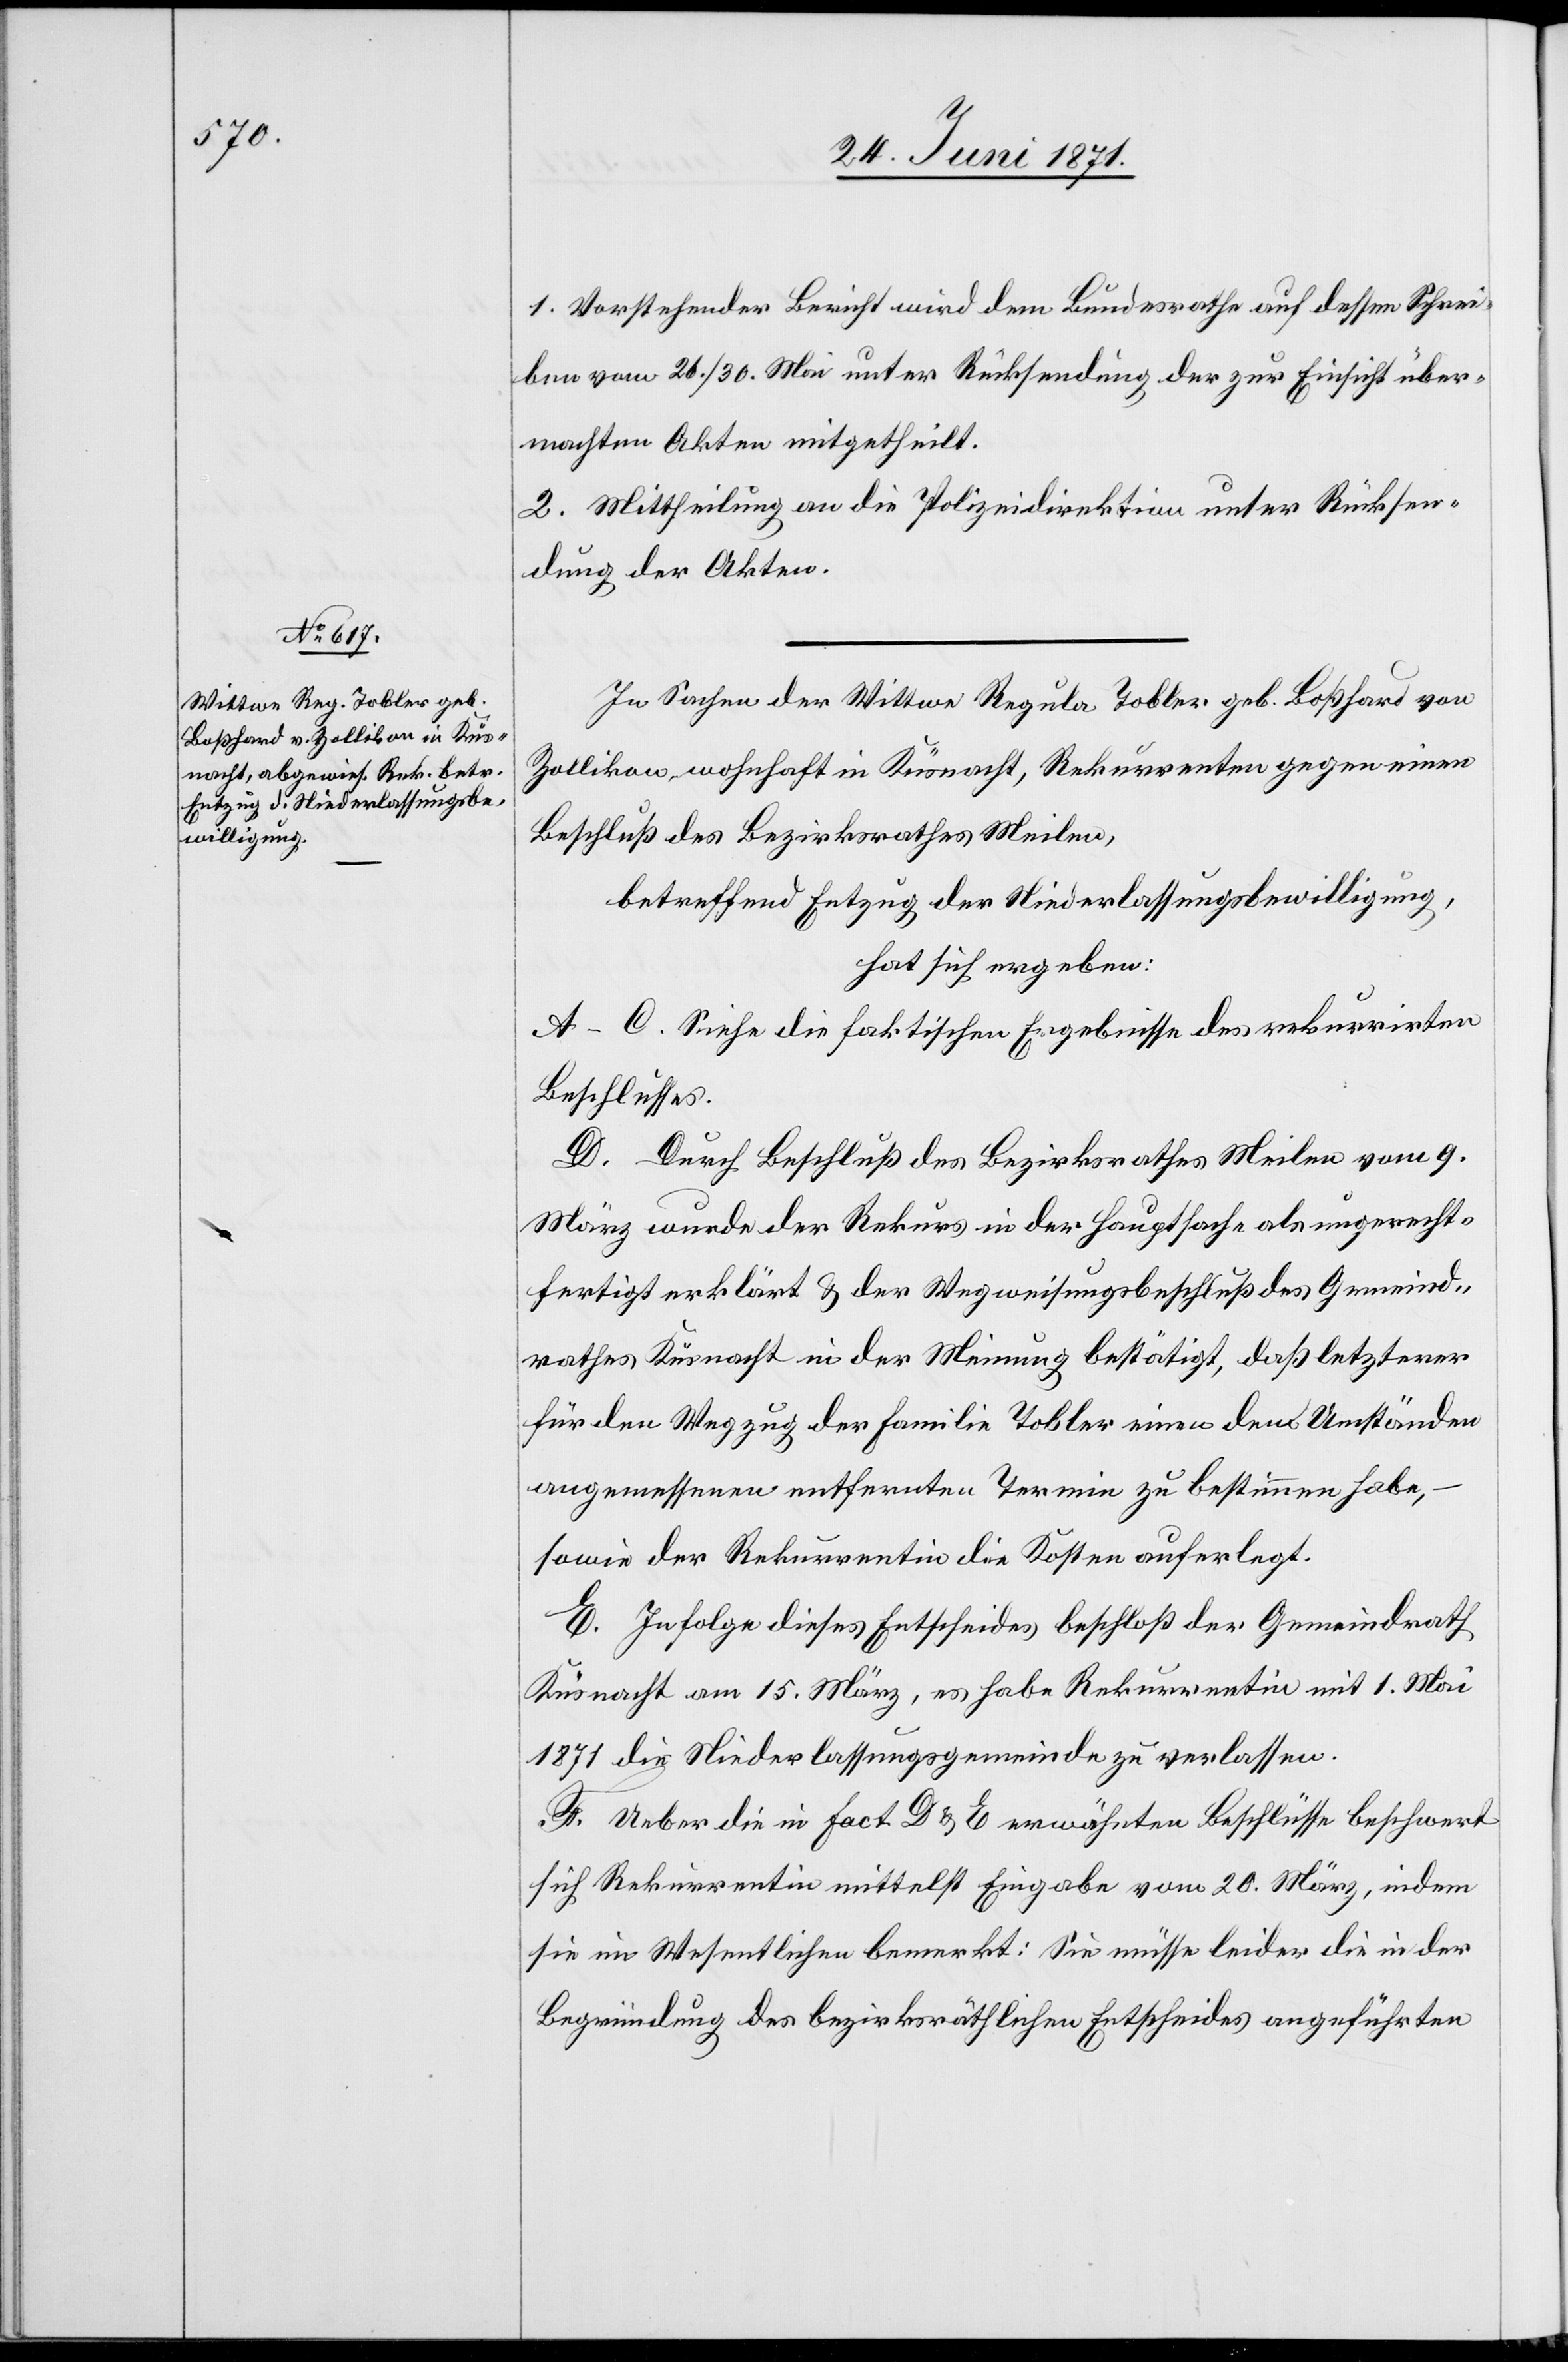
1. Vorstehender Bericht wird dem Bundesrathe auf dessen Schrei¬
ben vom 26./30. Mai unter Rücksendung der zur Einsicht über¬
machten Akten mitgetheilt.
2. Mittheilung an die Polizeidirektion unter Rücksen¬
dung der Akten.